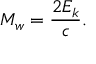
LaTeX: M _ { w } = { \frac { 2 E _ { k } } { c } } .